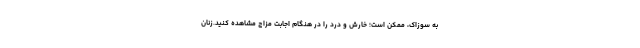
به سوزاک، ممکن است؛ خارش و درد را در هنگام اجابت مزاج مشاهده کنید.زنان